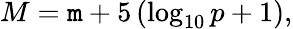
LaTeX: M=\mathtt{m}+5\left(\log_{10}p+1\right),